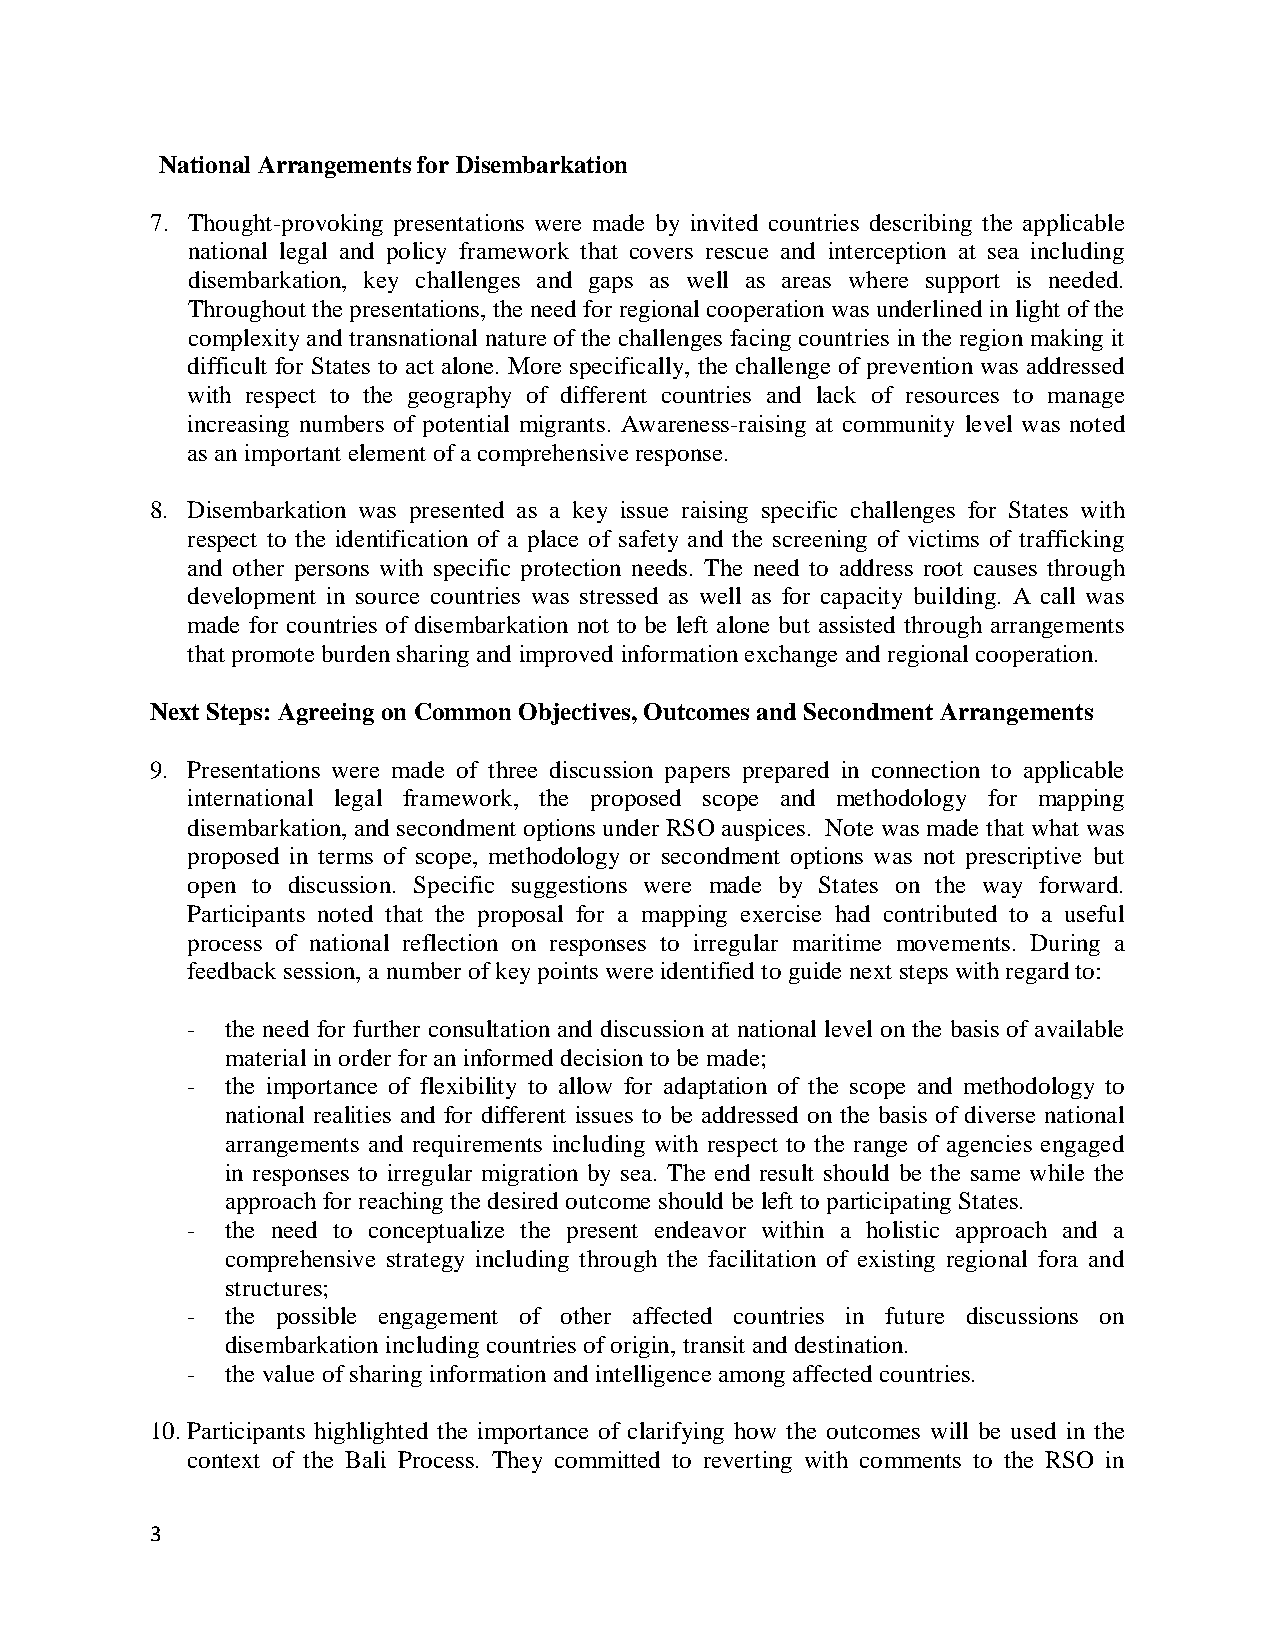
National Arrangements for Disembarkation
 7. Thought-provoking presentations were made by invited countries describing the applicable
 national legal and policy framework that covers rescue and interception at sea including
 disembarkation, key challenges and gaps as well as areas where support is needed.
 Throughout the presentations, the need for regional cooperation was underlined in light of the
 complexity and transnational nature of the challenges facing countries in the region making it
 difficult for States to act alone. More specifically, the challenge of prevention was addressed
 with respect to the geography of different countries and lack of resources to manage
 increasing numbers of potential migrants. Awareness-raising at community level was noted
 as an important element of a comprehensive response.
 8. Disembarkation was presented as a key issue raising specific challenges for States with
 respect to the identification of a place of safety and the screening of victims of trafficking
 and other persons with specific protection needs. The need to address root causes through
 development in source countries was stressed as well as for capacity building. A call was
 made for countries of disembarkation not to be left alone but assisted through arrangements
 that promote burden sharing and improved information exchange and regional cooperation.
 Next Steps: Agreeing on Common Objectives, Outcomes and Secondment Arrangements
 9. Presentations were made of three discussion papers prepared in connection to applicable
 international legal framework, the proposed scope and methodology for mapping
 disembarkation, and secondment options under RSO auspices. Note was made that what was
 proposed in terms of scope, methodology or secondment options was not prescriptive but
 open to discussion. Specific suggestions were made by States on the way forward.
 Participants noted that the proposal for a mapping exercise had contributed to a useful
 process of national reflection on responses to irregular maritime movements. During a
 feedback session, a number of key points were identified to guide next steps with regard to:
 -  the need for further consultation and discussion at national level on the basis of available
 material in order for an informed decision to be made;
 -  the importance of flexibility to allow for adaptation of the scope and methodology to
 national realities and for different issues to be addressed on the basis of diverse national
 arrangements and requirements including with respect to the range of agencies engaged
 in responses to irregular migration by sea. The end result should be the same while the
 approach for reaching the desired outcome should be left to participating States.
 -  the need to conceptualize the present endeavor within a holistic approach and a
 comprehensive strategy including through the facilitation of existing regional fora and
 structures;
 -  the possible engagement of other affected countries in future discussions on
 disembarkation including countries of origin, transit and destination.
 -  the value of sharing information and intelligence among affected countries.
 10. Participants highlighted the importance of clarifying how the outcomes will be used in the
 context of the Bali Process. They committed to reverting with comments to the RSO in
 3